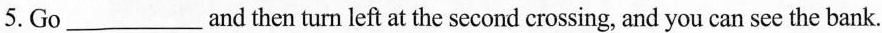
5. Go___and then turn left at the second crossing, and you can see the bank.